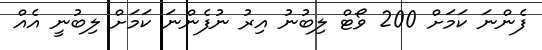
ފެންނަ ކަމަށް 200 ވޯޓް ލިބުނު އިރު ނުފެންނަ ކަމަށް ލިބުނީ އެއް